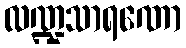
လဏ္ဍသာရဏော